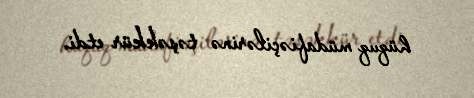
hüquq müdafiəçilərinə təşəkkür etdi.